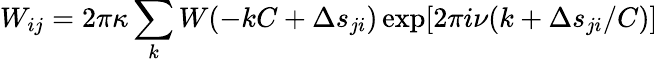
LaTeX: W_{ij}=2\pi\kappa\sum_{k}W(-kC+\Delta s_{ji})\exp[2\pi i\nu(k+\Delta s_{ji}/C)]